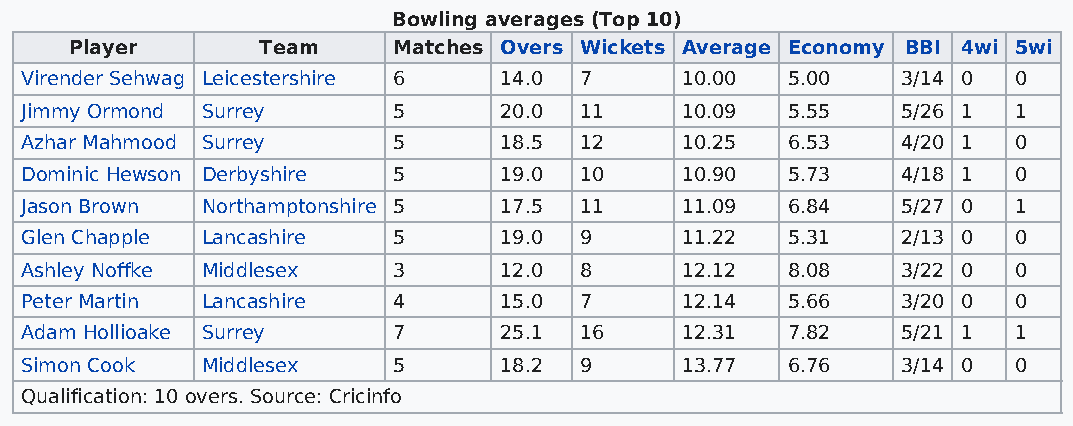
Bowling averages (Top 10)
 Player      Team     Matches Overs Wickets Average Economy BBI 4wi 5wi
 Virender Sehwag Leicestershire 6 14.0 7     10.00  5.00    3/14 0 0
 Jimmy Ormond Surrey      5      20.0 11     10.09  5.55    5/26 1 1
 Azhar Mahmood Surrey     5      18.5 12     10.25  6.53    4/20 1 0
 Dominic Hewson Derbyshire 5     19.0 10     10.90  5.73    4/18 1 0
 Jason Brown Northamptonshire 5  17.5 11     11.09  6.84    5/27 0 1
 Glen Chapple Lancashire  5      19.0 9      11.22  5.31    2/13 0 0
 Ashley Noffke Middlesex  3      12.0 8      12.12  8.08    3/22 0 0
 Peter Martin Lancashire  4      15.0 7      12.14  5.66    3/20 0 0
 Adam Hollioake Surrey    7      25.1 16     12.31  7.82    5/21 1 1
 Simon Cook  Middlesex    5      18.2 9      13.77  6.76    3/14 0 0
 Qualification: 10 overs. Source: Cricinfo